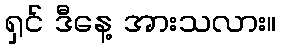
ရှင် ဒီနေ့ အားသလား။